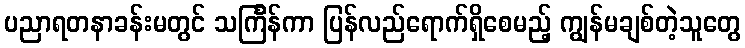
ပညာရတနာခန်းမတွင် သင်္ကြန်ကာ ပြန်လည်ရောက်ရှိစေမည့် ကျွန်မချစ်တဲ့သူတွေ